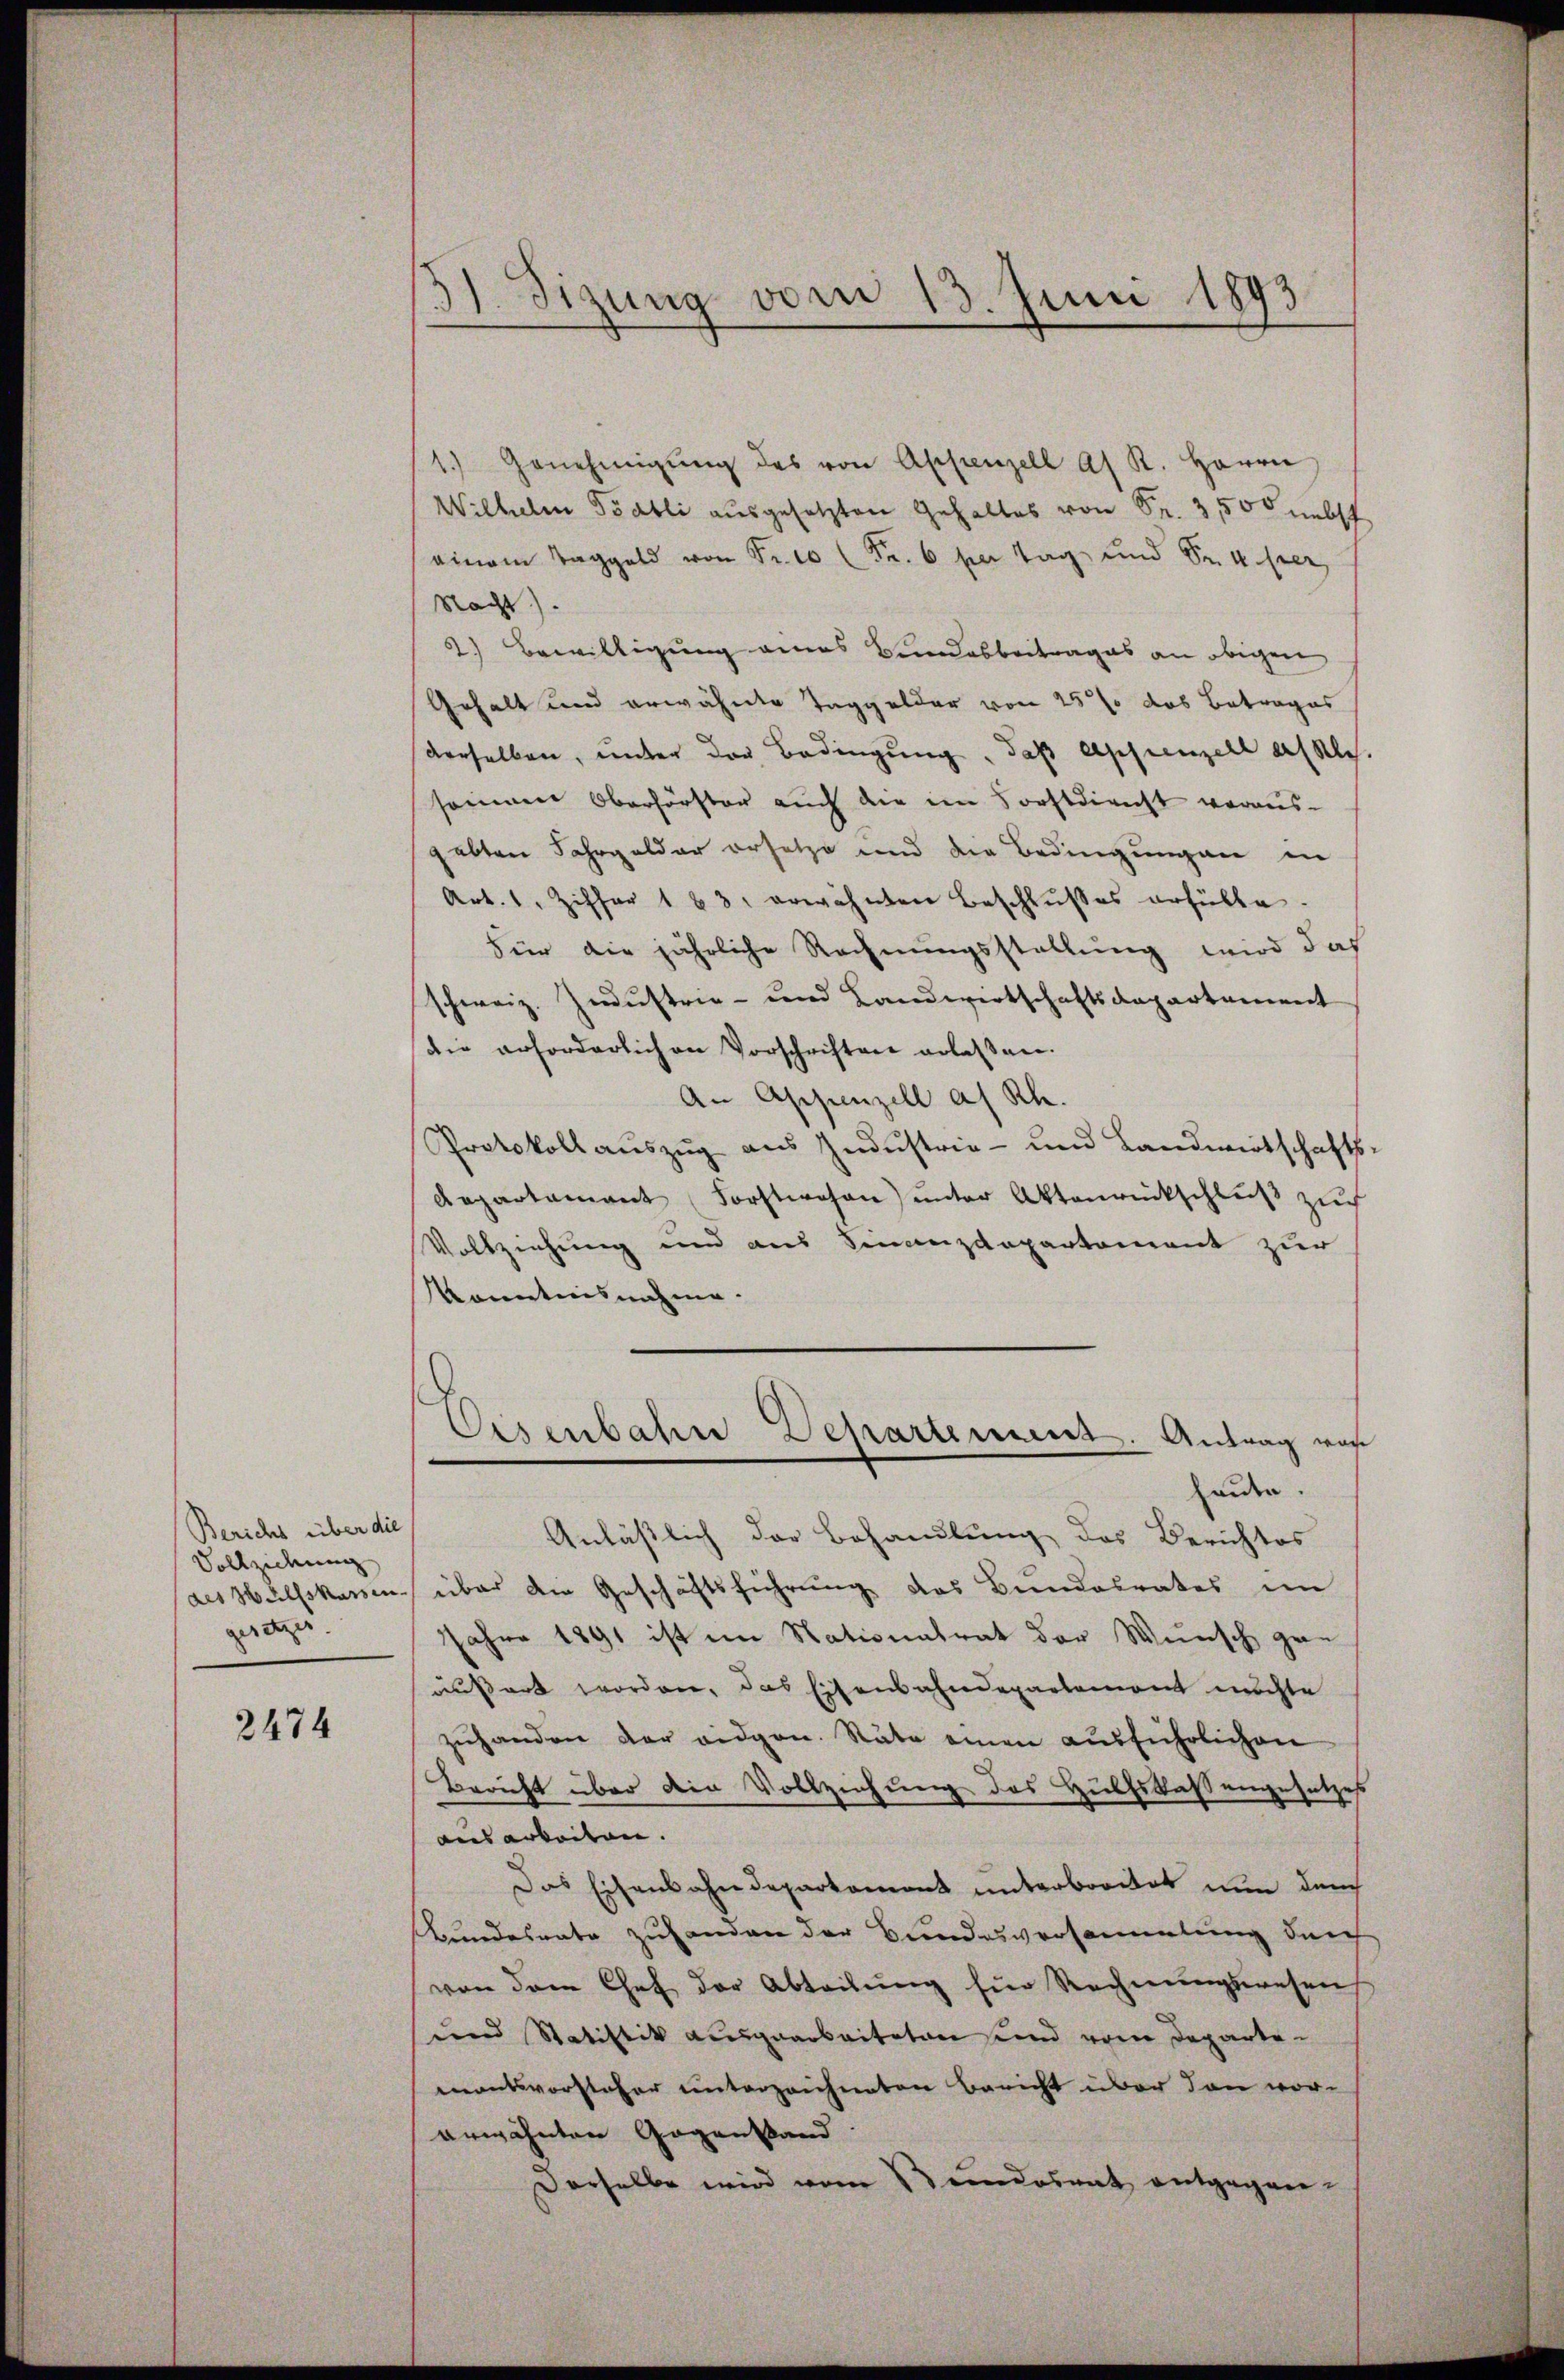
Bericht über die
Vollziehung
gesetzes

2474

3). Sizung vom 13. Juni 1893

/1.) Genehmigŭng des von Appenzell As K. Herrn
Wilhelm Tödtli ausgesetzten Gehaltes von Fr. 3500 nebst
einem Taggeld von Fr. 10 Fr. 6 per Tag und Sr. 4. per
Nacht).
2) Bewilligung eines Bundesbeitrages an obigen
Gehalt und erwähnte Taggelder von 25% des Betrages
derselben, unter der Bedingung, daß Appenzell alles.
sonen Oberförster auch die im Forstdienst voraus-
gabten Fahrgelder ersetze und die Bedingungen in
Art. 1. Ziffer 183. erwähnten Beschlußes erfülle.
Für die jährliche Rechnungsstellung wird daß
schweiz. Industrie- und Landwirtschaftsdepartement
die erforderlichen Vorschriften erlassen.
An Appenzell a. Rh.
Protokoll auszug aus Industrie- und Landwirtschafts-
Departamant Forstwesen ŭnter Aktenrückschlŭβ zŭch
Vollziehung und aus Finanzdepartement zur
Kenntnisnahme.
Eisenbahn Departement. Antrag war
enden.
Anlässlich der Behandlung des Berichtes
des Wülfskassen über die Geschäftsführung des Bundesrates im
Jahre 1891 ist im Nationalrat der Wunsch gan
äußert worden, das Eisenbahndepartement möchte
zŭhanden der eidgen. Räte einen aŭsführlichen
Bericht über die Vollziehung des Hülfskassengesetzes
ausarbeiten.
Das Eisenbahndepartement unterbreitet nun durch
Bundesrate zuhanden der Bundesversammlung durch
von dem Chef der Abteilŭng für Rechnŭngswesen
und Statistik ausgearbeiteten und vom Departementsvorsteher unterzeichneten Bericht über von vorerwähnten Gegenstand
Derselbe wird vom Bundesrat entgegen¬